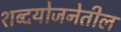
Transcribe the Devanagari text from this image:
शब्दयोजनेतील